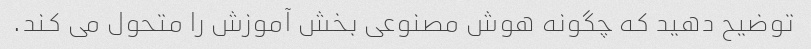
توضیح دهید که چگونه هوش مصنوعی بخش آموزش را متحول می کند.